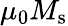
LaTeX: \mu_{0}M_{\mathrm{s}}